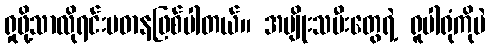
ရှုဖို့သာလိုရင်းပဓာနဖြစ်ပါတယ်။ အမျိုးသမီးတွေရဲ့ ရူပါရုံကိုပဲ